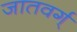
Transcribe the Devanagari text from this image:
जातवर्ग्